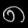
Digit: ၈